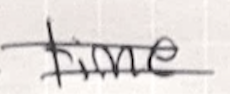
Text: time
Cross-out: double-line
Writing tool: ballpoint